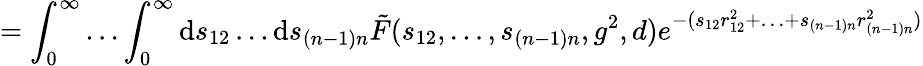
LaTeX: =\int_{0}^{\infty}\ldots\int_{0}^{\infty}\mathrm{d}s_{12}\ldots\mathrm{d}s_{(n-1)n}\tilde{F}(s_{12},\ldots,s_{(n-1)n},g^{2},d)e^{-(s_{12}r_{12}^{2}+\ldots+s_{(n-1)n}r_{(n-1)n}^{2})}